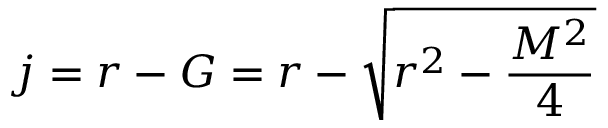
{ } j = r - G = r - { \sqrt { r ^ { 2 } - { \frac { M ^ { 2 } } { 4 } } } }